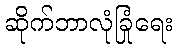
ဆိုက်ဘာလုံခြုံရေး